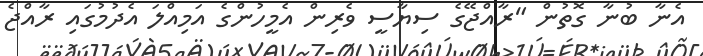
އެނާ ބުނާ ގޮތުން "ރާއްޖޭގެ ސިޔާސީ ވެރިން އެމީހުންގެ އަމިއްލަ އެދުމުގައި ރާއްޖެ